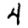
Digit: 4